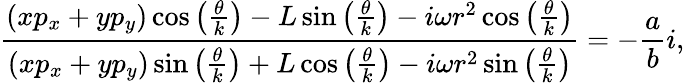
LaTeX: \frac{(xp_{x}+yp_{y})\cos\left(\frac{\theta}{k}\right)-L\sin\left(\frac{\theta}{k}\right)-i\omega r^{2}\cos\left(\frac{\theta}{k}\right)}{(xp_{x}+yp_{y})\sin\left(\frac{\theta}{k}\right)+L\cos\left(\frac{\theta}{k}\right)-i\omega r^{2}\sin\left(\frac{\theta}{k}\right)}=-\frac{a}{b}i,